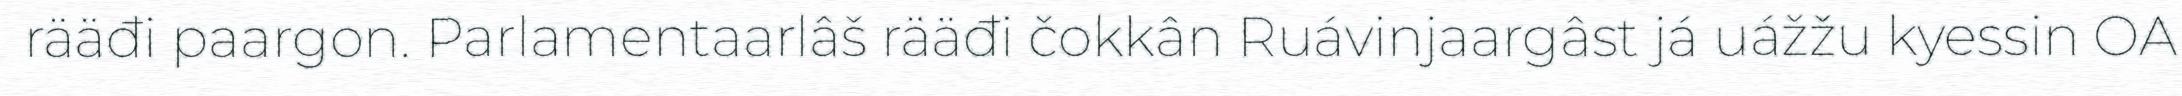
rääđi paargon. Parlamentaarlâš rääđi čokkân Ruávinjaargâst já uážžu kyessin OA